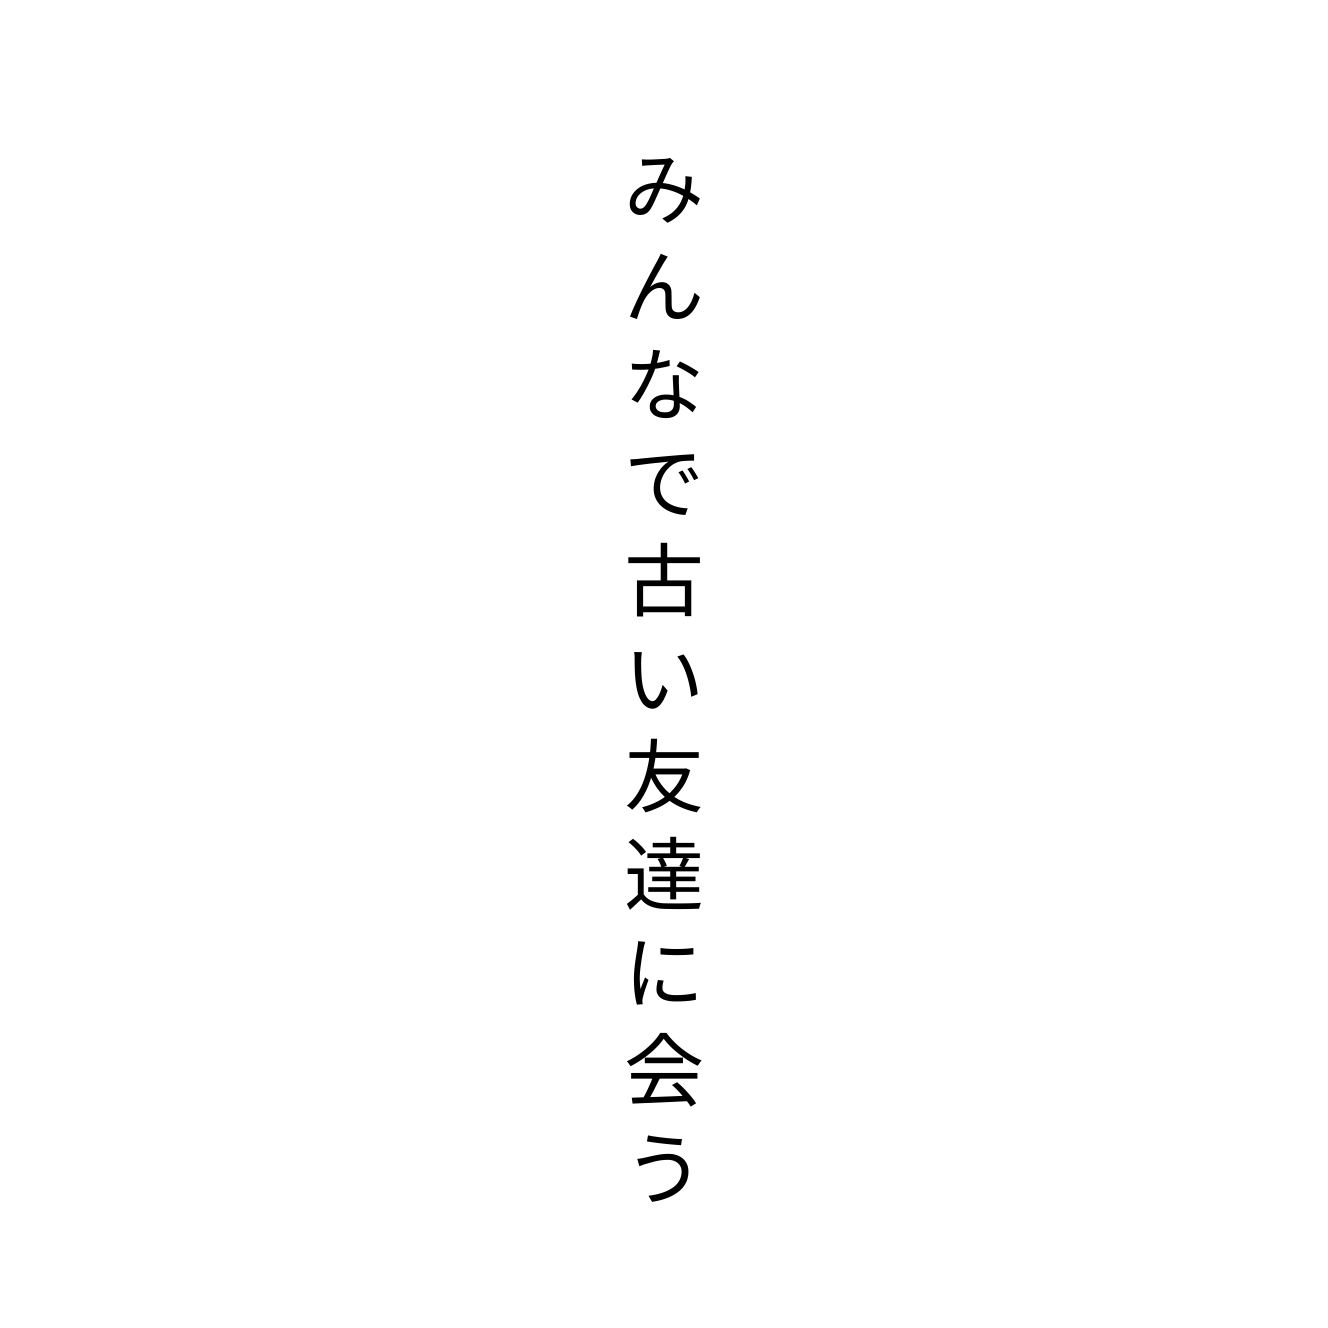
みんなで古い友達に会う